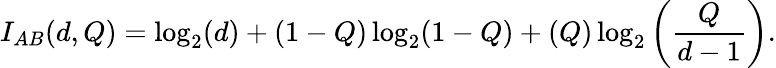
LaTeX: I_{AB}(d,Q)=\log_{2}(d)+(1-Q)\log_{2}(1-Q)+(Q)\log_{2}\left(\frac{Q}{d-1}\right).